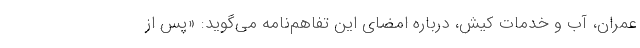
عمران، آب و خدمات کیش، درباره امضای این تفاهم‌نامه می‌گوید: «پس از